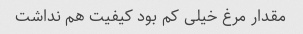
مقدار مرغ خیلی کم بود کیفیت هم نداشت